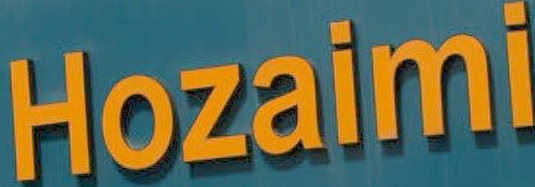
Hozaimi